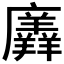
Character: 𭚎